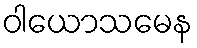
ဝါယောသမေန